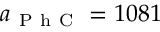
a _ { \mathrm { ~ P ~ h ~ C ~ } } = 1 0 8 1